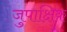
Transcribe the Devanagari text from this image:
जुपाक्षिक